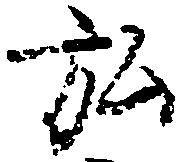
弘